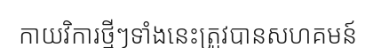
កាយវិការថ្មីៗទាំងនេះត្រូវបានសហគមន៍